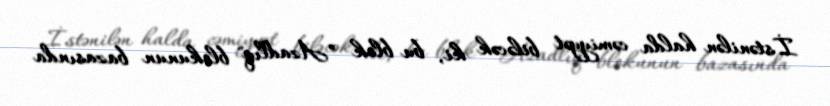
İstənilən halda cəmiyyət biləcək ki, bu blok ”Azadlıq" blokunun bazasında